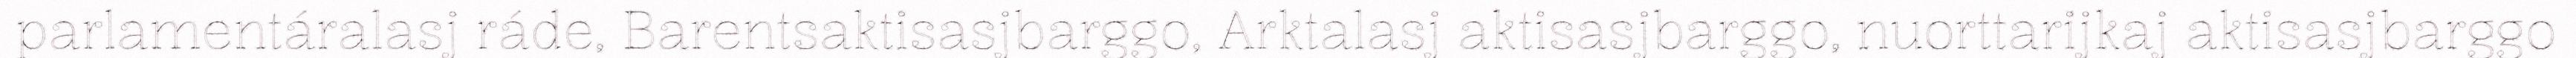
parlamentáralasj ráde, Barentsaktisasjbarggo, Arktalasj aktisasjbarggo, nuorttarijkaj aktisasjbarggo